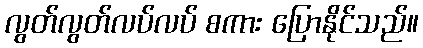
လွတ်လွတ်လပ်လပ် စကား ပြောနိုင်သည်။